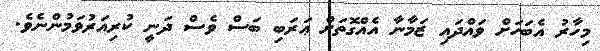
މިހާރު އެބަހަށް ވައްދައި ޒަމާނާ އެއްގޮތަށް ޢަރަބި ބަސް ވެސް ދަނީ ކުރިއަރުވަމުންނެވެ.